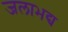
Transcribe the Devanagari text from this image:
जलाभद्य